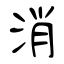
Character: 消